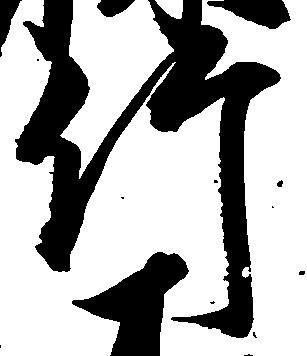
竹